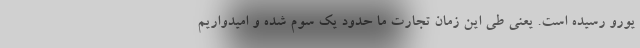
یورو رسیده است. یعنی طی این زمان تجارت ما حدود یک سوم شده و امیدواریم